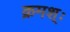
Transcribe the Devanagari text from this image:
क्रमश्ः